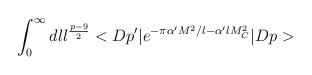
LaTeX: \begin{align*}\int_{0}^{\infty} dl l^{\frac{p-9}{2}}<Dp'\vert e^{-\pi \alpha'M^2/l-\alpha 'lM_C^2}\vert Dp>\end{align*}